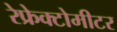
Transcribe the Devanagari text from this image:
रेफ्रेक्टोमीटर